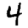
Digit: 4